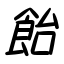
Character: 飴